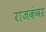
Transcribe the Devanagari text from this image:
राजकंवर